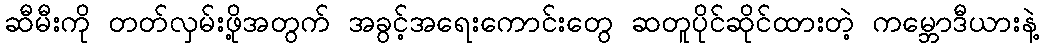
ဆီမီးကို တတ်လှမ်းဖို့အတွက် အခွင့်အရေးကောင်းတွေ ဆတူပိုင်ဆိုင်ထားတဲ့ ကမ္ဘောဒီယားနဲ့